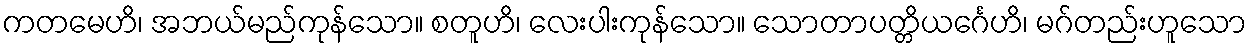
ကတမေဟိ၊ အဘယ်မည်ကုန်သော။ စတူဟိ၊ လေးပါးကုန်သော။ သောတာပတ္တိယင်္ဂေဟိ၊ မဂ်တည်းဟူသော